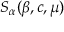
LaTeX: S _ { \alpha } ( \beta , c , \mu )